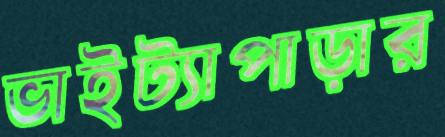
ভাইট্যাপাড়ার